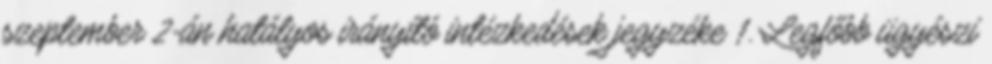
szeptember 2-án hatályos irányító intézkedések jegyzéke 1. Legfőbb ügyészi